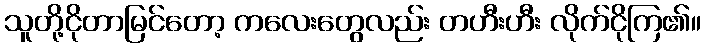
သူတို့ငိုတာမြင်တော့ ကလေးတွေလည်း တဟီးဟီး လိုက်ငိုကြ၏။